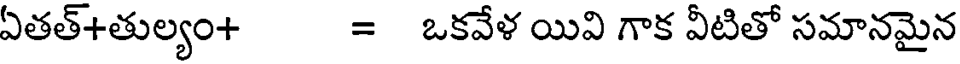
ఏతత్+తుల్యం+ = ఒకవేళ యివి గాక వీటితో సమానమైన